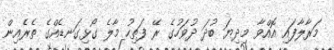
މަރާލާފައި އޮއްވާ މިދިޔަ ބުދަ ދުވަހުގެ ރޭ ފަތިހު މާލެ ގޯޅިގަނޑެއްގެ ތެރެއިން